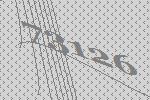
73126